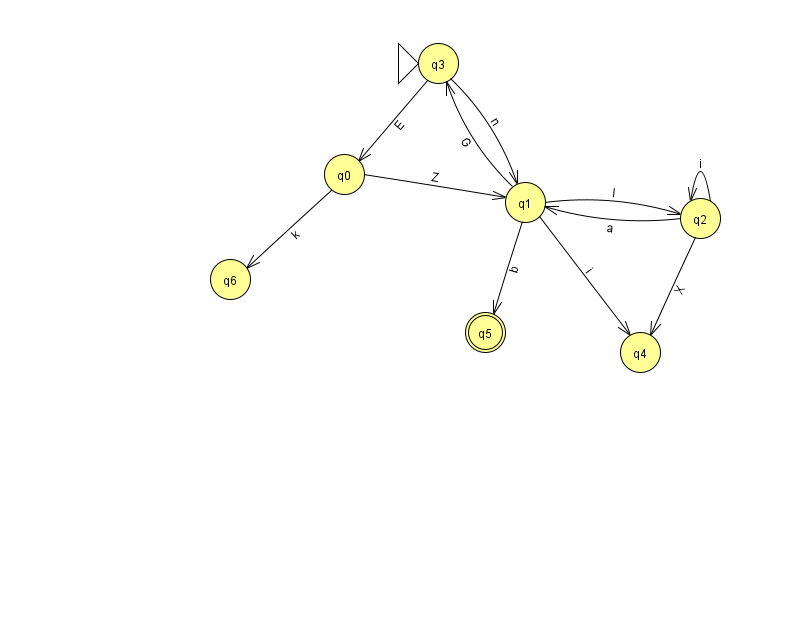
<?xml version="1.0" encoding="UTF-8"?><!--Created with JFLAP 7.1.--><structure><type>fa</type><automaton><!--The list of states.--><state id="0" name="q0"><x>344.0</x><y>161.0</y></state><state id="1" name="q1"><x>525.0</x><y>189.0</y></state><state id="2" name="q2"><x>700.0</x><y>205.0</y></state><state id="3" name="q3"><x>438.0</x><y>50.0</y><initial/></state><state id="4" name="q4"><x>640.0</x><y>339.0</y></state><state id="5" name="q5"><x>485.0</x><y>319.0</y><final/></state><state id="6" name="q6"><x>230.0</x><y>266.0</y></state><!--The list of transitions.--><transition><from>3</from><to>0</to><read>E</read></transition><transition><from>1</from><to>2</to><read>l</read></transition><transition><from>2</from><to>4</to><read>X</read></transition><transition><from>1</from><to>3</to><read>G</read></transition><transition><from>2</from><to>2</to><read>i</read></transition><transition><from>1</from><to>4</to><read>i</read></transition><transition><from>1</from><to>5</to><read>b</read></transition><transition><from>0</from><to>1</to><read>Z</read></transition><transition><from>0</from><to>6</to><read>k</read></transition><transition><from>2</from><to>1</to><read>a</read></transition><transition><from>3</from><to>1</to><read>n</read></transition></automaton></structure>